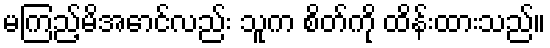
မကြည့်မိအောင်လည်း သူက စိတ်ကို ထိန်းထားသည်။